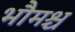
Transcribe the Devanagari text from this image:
भौमश्च